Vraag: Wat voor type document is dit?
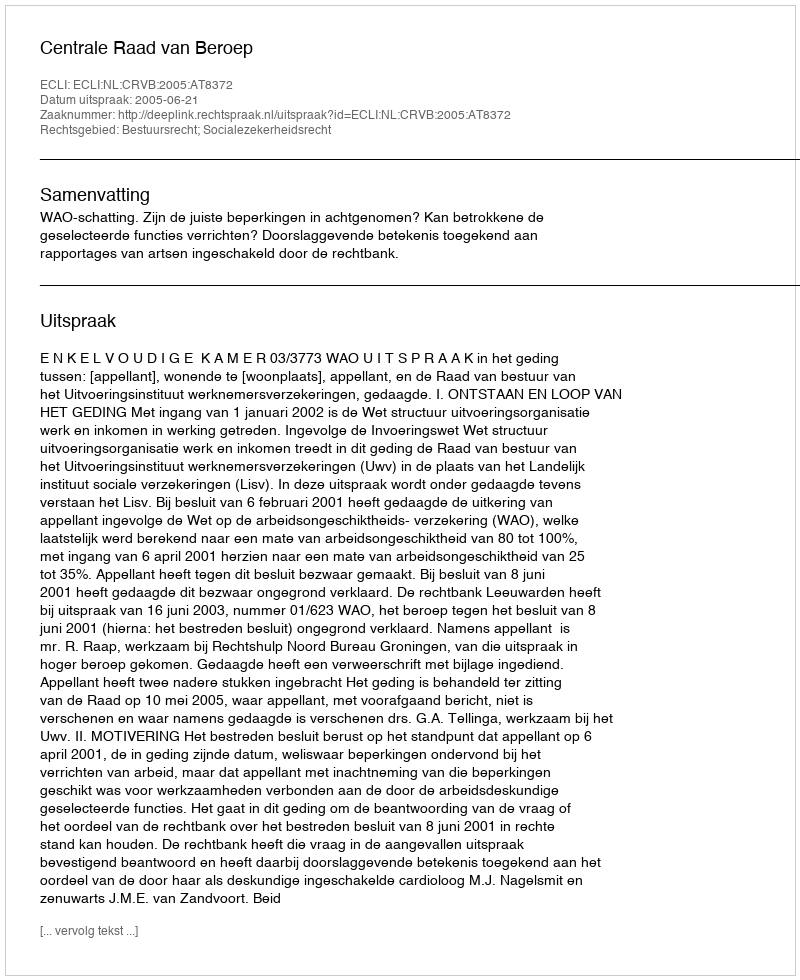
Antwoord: Uitspraak